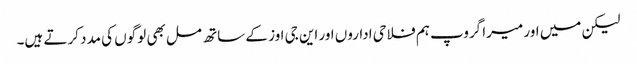
لیکن میں اور میرا گروپ ہم فلاحی اداروں اور این جی اوز کے ساتھ مل بھی لوگوں کی مدد کرتے ہیں۔